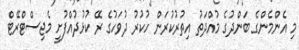
މި އެންމެންގެ ބަންދުގެ މުއްދަތު އިތުރުކުރަން ހުކުރު ދުވަހުގެ ރޭ ކުޅުދުއްފުށީ މެޖިސްޓްރޭޓް